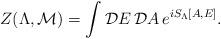
LaTeX: \begin{align*}Z(\Lambda,{\cal M}) = \int {\cal D}E \,{\cal D}A \, e^{iS_\Lambda[A,E]}.\end{align*}